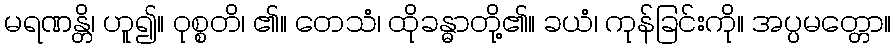
မရဏန္တိ၊ ဟူ၍။ ဝုစ္စတိ၊ ၏။ တေသံ၊ ထိုခန္ဓာတို့၏။ ခယံ၊ ကုန်ခြင်းကို။ အပ္ပမတ္တော။